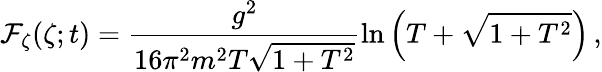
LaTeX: {\cal F}_{\zeta}(\zeta;t)=\frac{g^{2}}{16\pi^{2}m^{2}T\sqrt{1+T^{2}}}\ln\left(T+\sqrt{1+T^{2}}\right)\, ,